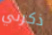
ذكرني